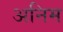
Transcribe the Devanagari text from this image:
अनिम